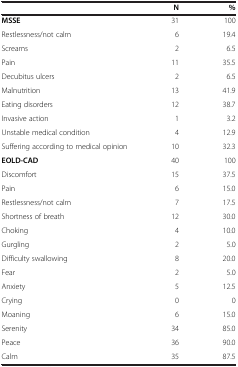
|  | N | % |
 | --- | --- | --- |
 | MSSE | 31 | 100 |
 | Restlessness/not calm | 6 | 19.4 |
 | Screams | 2 | 6.5 |
 | Pain | 11 | 35.5 |
 | Decubitus ulcers | 2 | 6.5 |
 | Malnutrition | 13 | 41.9 |
 | Eating disorders | 12 | 38.7 |
 | Invasive action | 1 | 3.2 |
 | Unstable medical condition | 4 | 12.9 |
 | Suffering according to medical opinion | 10 | 32.3 |
 | EOLD-CAD | 40 | 100 |
 | Discomfort | 15 | 37.5 |
 | Pain | 6 | 15.0 |
 | Restlessness/not calm | 7 | 17.5 |
 | Shortness of breath | 12 | 30.0 |
 | Choking | 4 | 10.0 |
 | Gurgling | 2 | 5.0 |
 | Difficulty swallowing | 8 | 20.0 |
 | Fear | 2 | 5.0 |
 | Anxiety | 5 | 12.5 |
 | Crying | 0 | 0 |
 | Moaning | 6 | 15.0 |
 | Serenity | 34 | 85.0 |
 | Peace | 36 | 90.0 |
 | Calm | 35 | 87.5 |